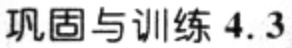
巩固与训练 4.3